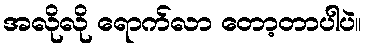
အလိုလို ရောက်လာ တော့တာပါပဲ။